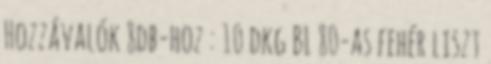
Hozzávalók 8db-hoz : 10 dkg BL 80-as fehér liszt